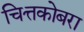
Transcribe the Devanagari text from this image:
चित्तकोबरा